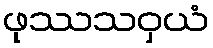
ဖုဿသဝှယံ